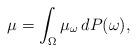
LaTeX: \begin{align*}\mu=\int_\Omega\mu_\omega\,dP(\omega),\end{align*}